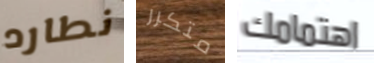
نطارد متكرر اهتمامك